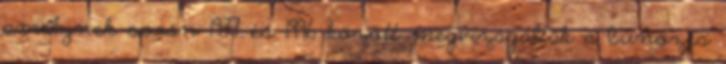
amelynek során 1977 és 1996 között megvizsgálták a bűnözés